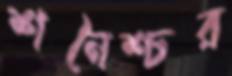
শনৈশ্চর